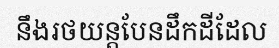
នឹងរថយន្តបែនដឹកដីដែល